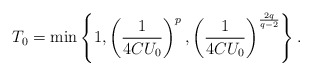
\begin{align*}T_{0}=\min\left\{ 1,\left(\frac{1}{4CU_{0}}\right)^{p},\left(\frac{1}{4CU_{0}}\right)^{\frac{2q}{q-2}}\right\}.\end{align*}